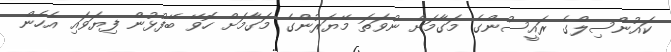
ކައުންސިލްގެ ރައީސުންގެ މަގާމަށް ނުވަތަ މޭޔަރުންގެ މަގާމަށް ހޮވޭ ބޭފުޅުން ފިޔަވައި އެހެން